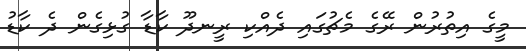
މީގެ އިތުރުން ރޭގެ މެޗުގައި ދެއްކި ރީނދޫ ކާޑާ ގުޅިގެން ދެ ކާޑު